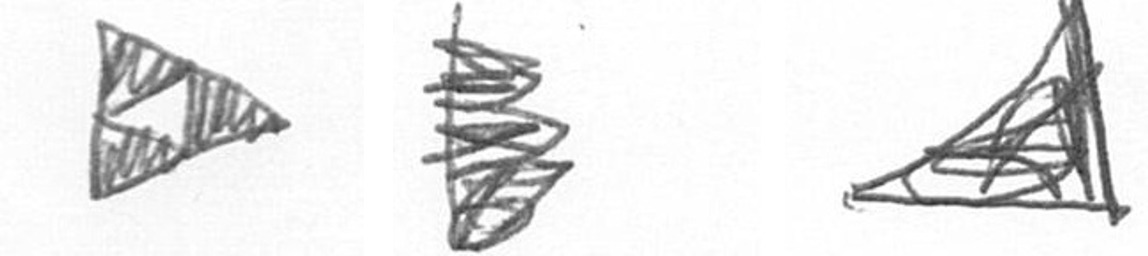
K H O